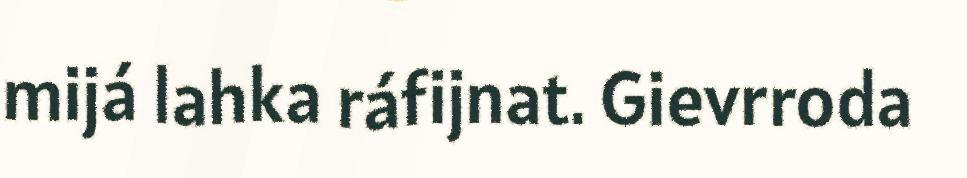
mijá lahka ráfijnat. Gievrroda